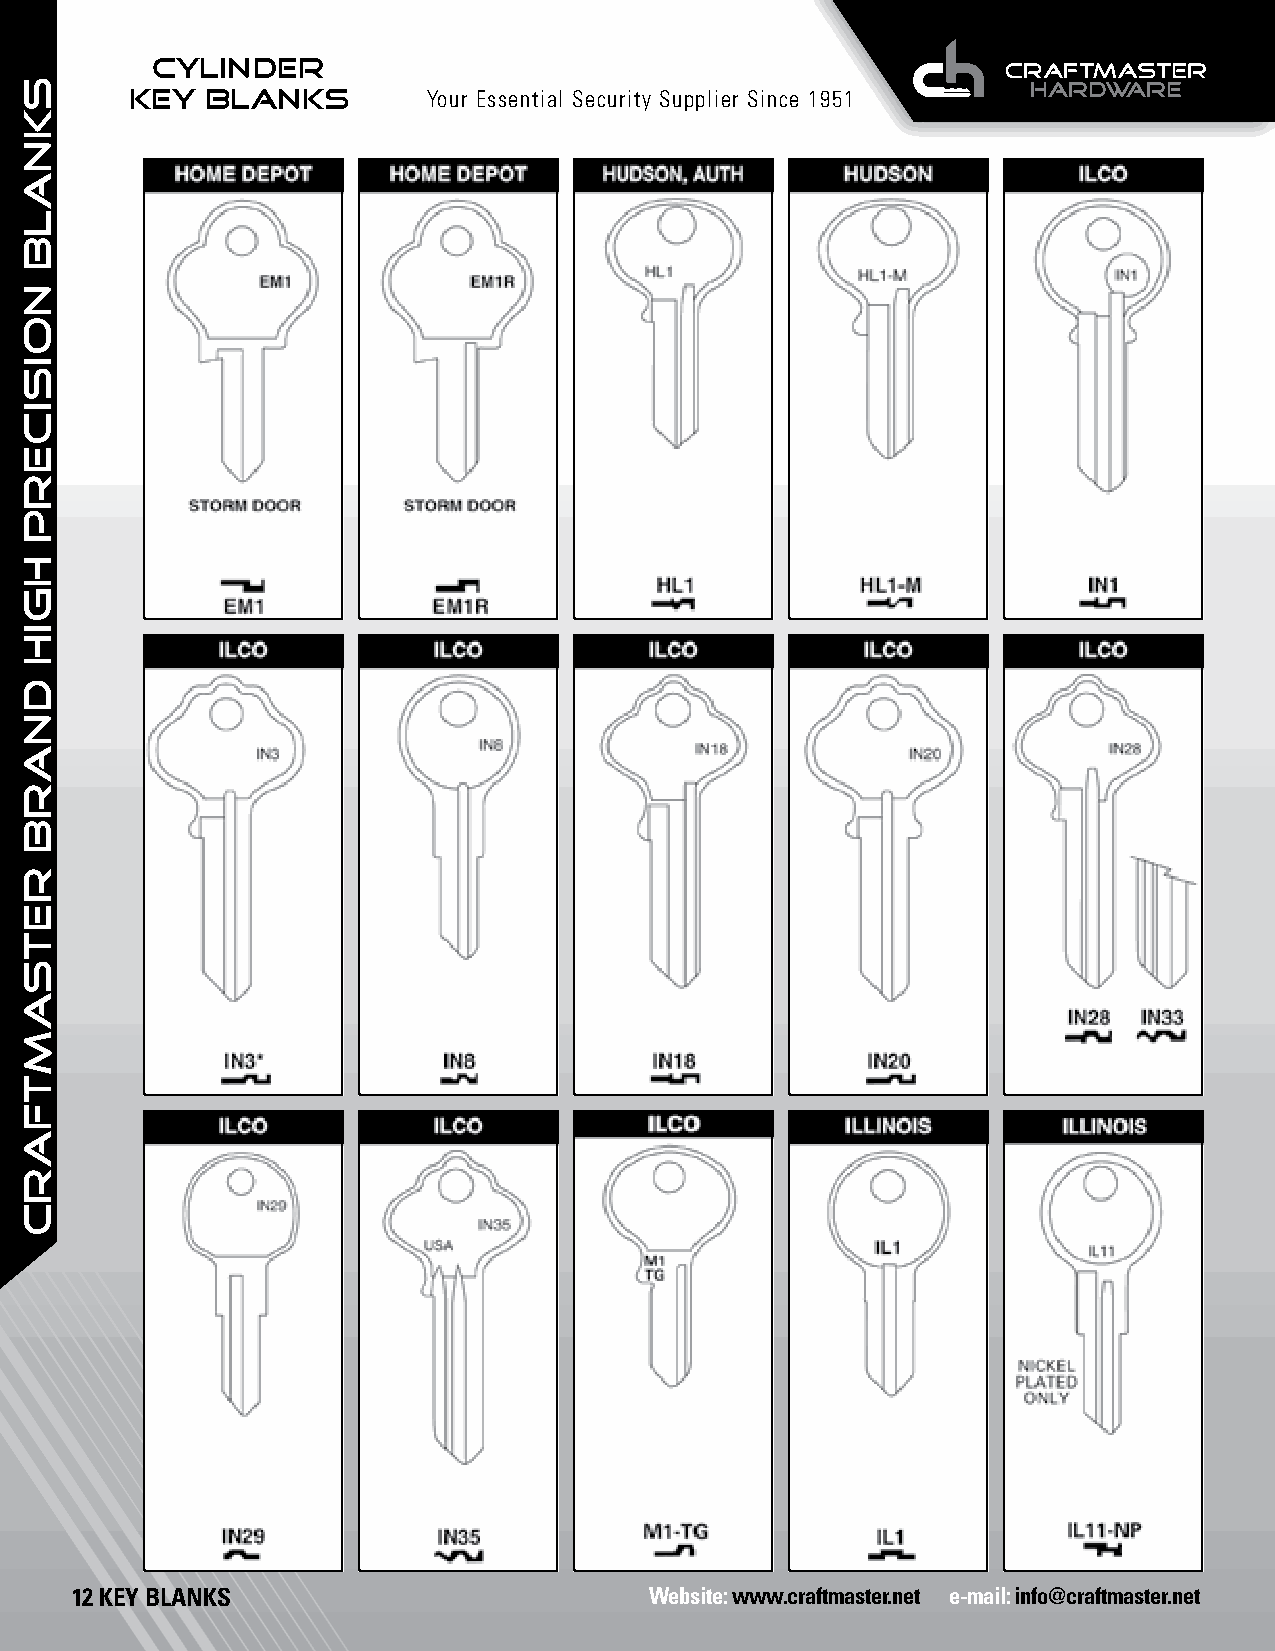
CYLINDER
 KEY  BLANKS        Your Essential Security Supplier Since 1951
 12 KEY BLANKS                         Website: www.craftmaster.net e-mail: info@craftmaster.net
 SKNALB
 NOISICERP
 HGIH
 dnarb
 retsamtfarc